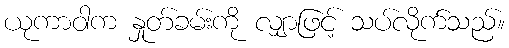
ယုကာဝါက နှုတ်ခမ်းကို လျှာဖြင့် သပ်လိုက်သည်။